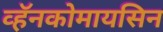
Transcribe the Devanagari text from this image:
व्हॅनकोमायसिन